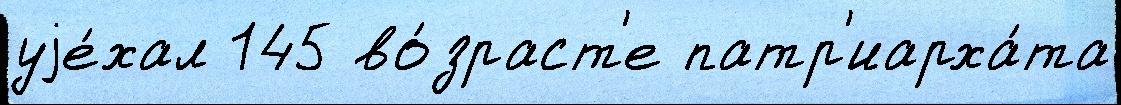
уjе́хал 145 во́зраст'е патр'иарха́та